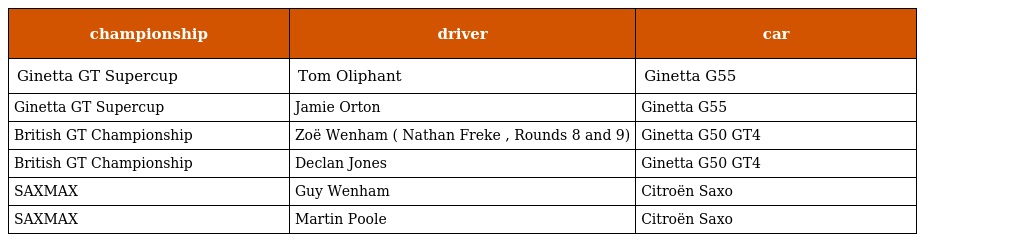
| championship | driver | car |
 | --- | --- | --- |
 | Ginetta GT Supercup | Tom Oliphant | Ginetta G55 |
 | Ginetta GT Supercup | Jamie Orton | Ginetta G55 |
 | British GT Championship | Zoë Wenham ( Nathan Freke , Rounds 8 and 9) | Ginetta G50 GT4 |
 | British GT Championship | Declan Jones | Ginetta G50 GT4 |
 | SAXMAX | Guy Wenham | Citroën Saxo |
 | SAXMAX | Martin Poole | Citroën Saxo |